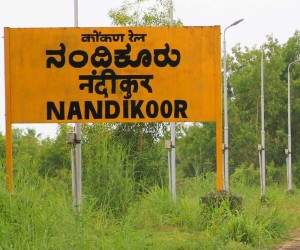
Language: kannada
Transcription: ನಂದಿಕೂರು